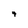
Character: 9